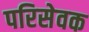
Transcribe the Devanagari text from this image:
परिसेवक